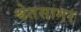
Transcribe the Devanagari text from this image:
श्वेतसागर